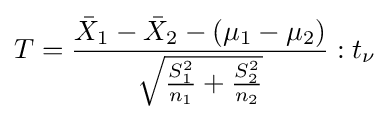
T={\frac {{\bar {X}}_{1}-{\bar {X}}_{2}-(\mu _{1}-\mu _{2})}{\sqrt {{\frac {S_{1}^{2}}{n_{1}}}+{\frac {S_{2}^{2}}{n_{2}}}}}}:t_{\nu }